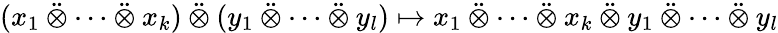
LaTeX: (x_{1}\mathbin{\ddot{\otimes}}\cdots\mathbin{\ddot{\otimes}}x_{k})\mathbin{\ddot{\otimes}}(y_{1}\mathbin{\ddot{\otimes}}\cdots\mathbin{\ddot{\otimes}}y_{l})\mapsto x_{1}\mathbin{\ddot{\otimes}}\cdots\mathbin{\ddot{\otimes}}x_{k}\mathbin{\ddot{\otimes}}y_{1}\mathbin{\ddot{\otimes}}\cdots\mathbin{\ddot{\otimes}}y_{l}